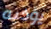
يؤذيه